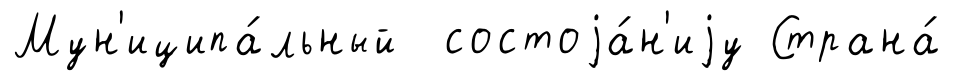
Мун'иципа́льный состоjа́н'иjу Страна́